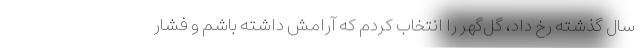
سال گذشته رخ داد، گل‌گهر را انتخاب کردم که آرامش داشته باشم و فشار